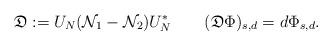
LaTeX: \begin{align*}\mathfrak{D}:=U_N(\mathcal{N}_1-\mathcal{N}_2)U_N^* \qquad(\mathfrak{D}\Phi)_{s,d}=d\Phi_{s,d}.\end{align*}